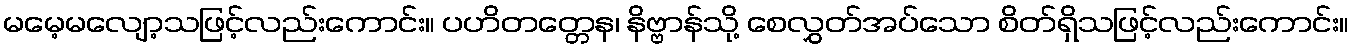
မမေ့မလျော့သဖြင့်လည်းကောင်း။ ပဟိတတ္တေန၊ နိဗ္ဗာန်သို့ စေလွှတ်အပ်သော စိတ်ရှိသဖြင့်လည်းကောင်း။